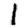
Digit: 1